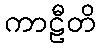
ကာဠီတိ